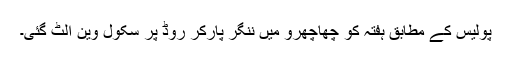
پولیس کے مطابق ہفتہ کو چھاچھرو میں ننگر پارکر روڈ پر سکول وین الٹ گئی۔